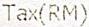
TAX(RM)